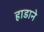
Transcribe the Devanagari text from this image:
हाडाने